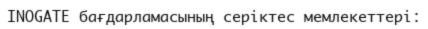
INOGATE бағдарламасының серіктес мемлекеттері: